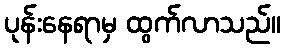
ပုန်းနေရာမှ ထွက်လာသည်။